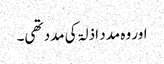
اور وہ مدد اذلۃ کی مدد تھی۔